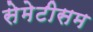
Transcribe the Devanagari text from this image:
सेमेटीसम